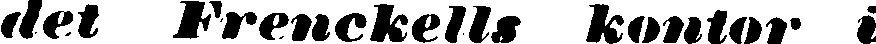
det Frenckells kontor i